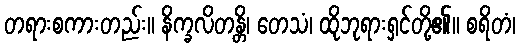
တရားစကားတည်း။ နိက္ခလိတန္တိ၊ တေသံ၊ ထိုဘုရားရှင်တို့၏။ စရိတံ၊